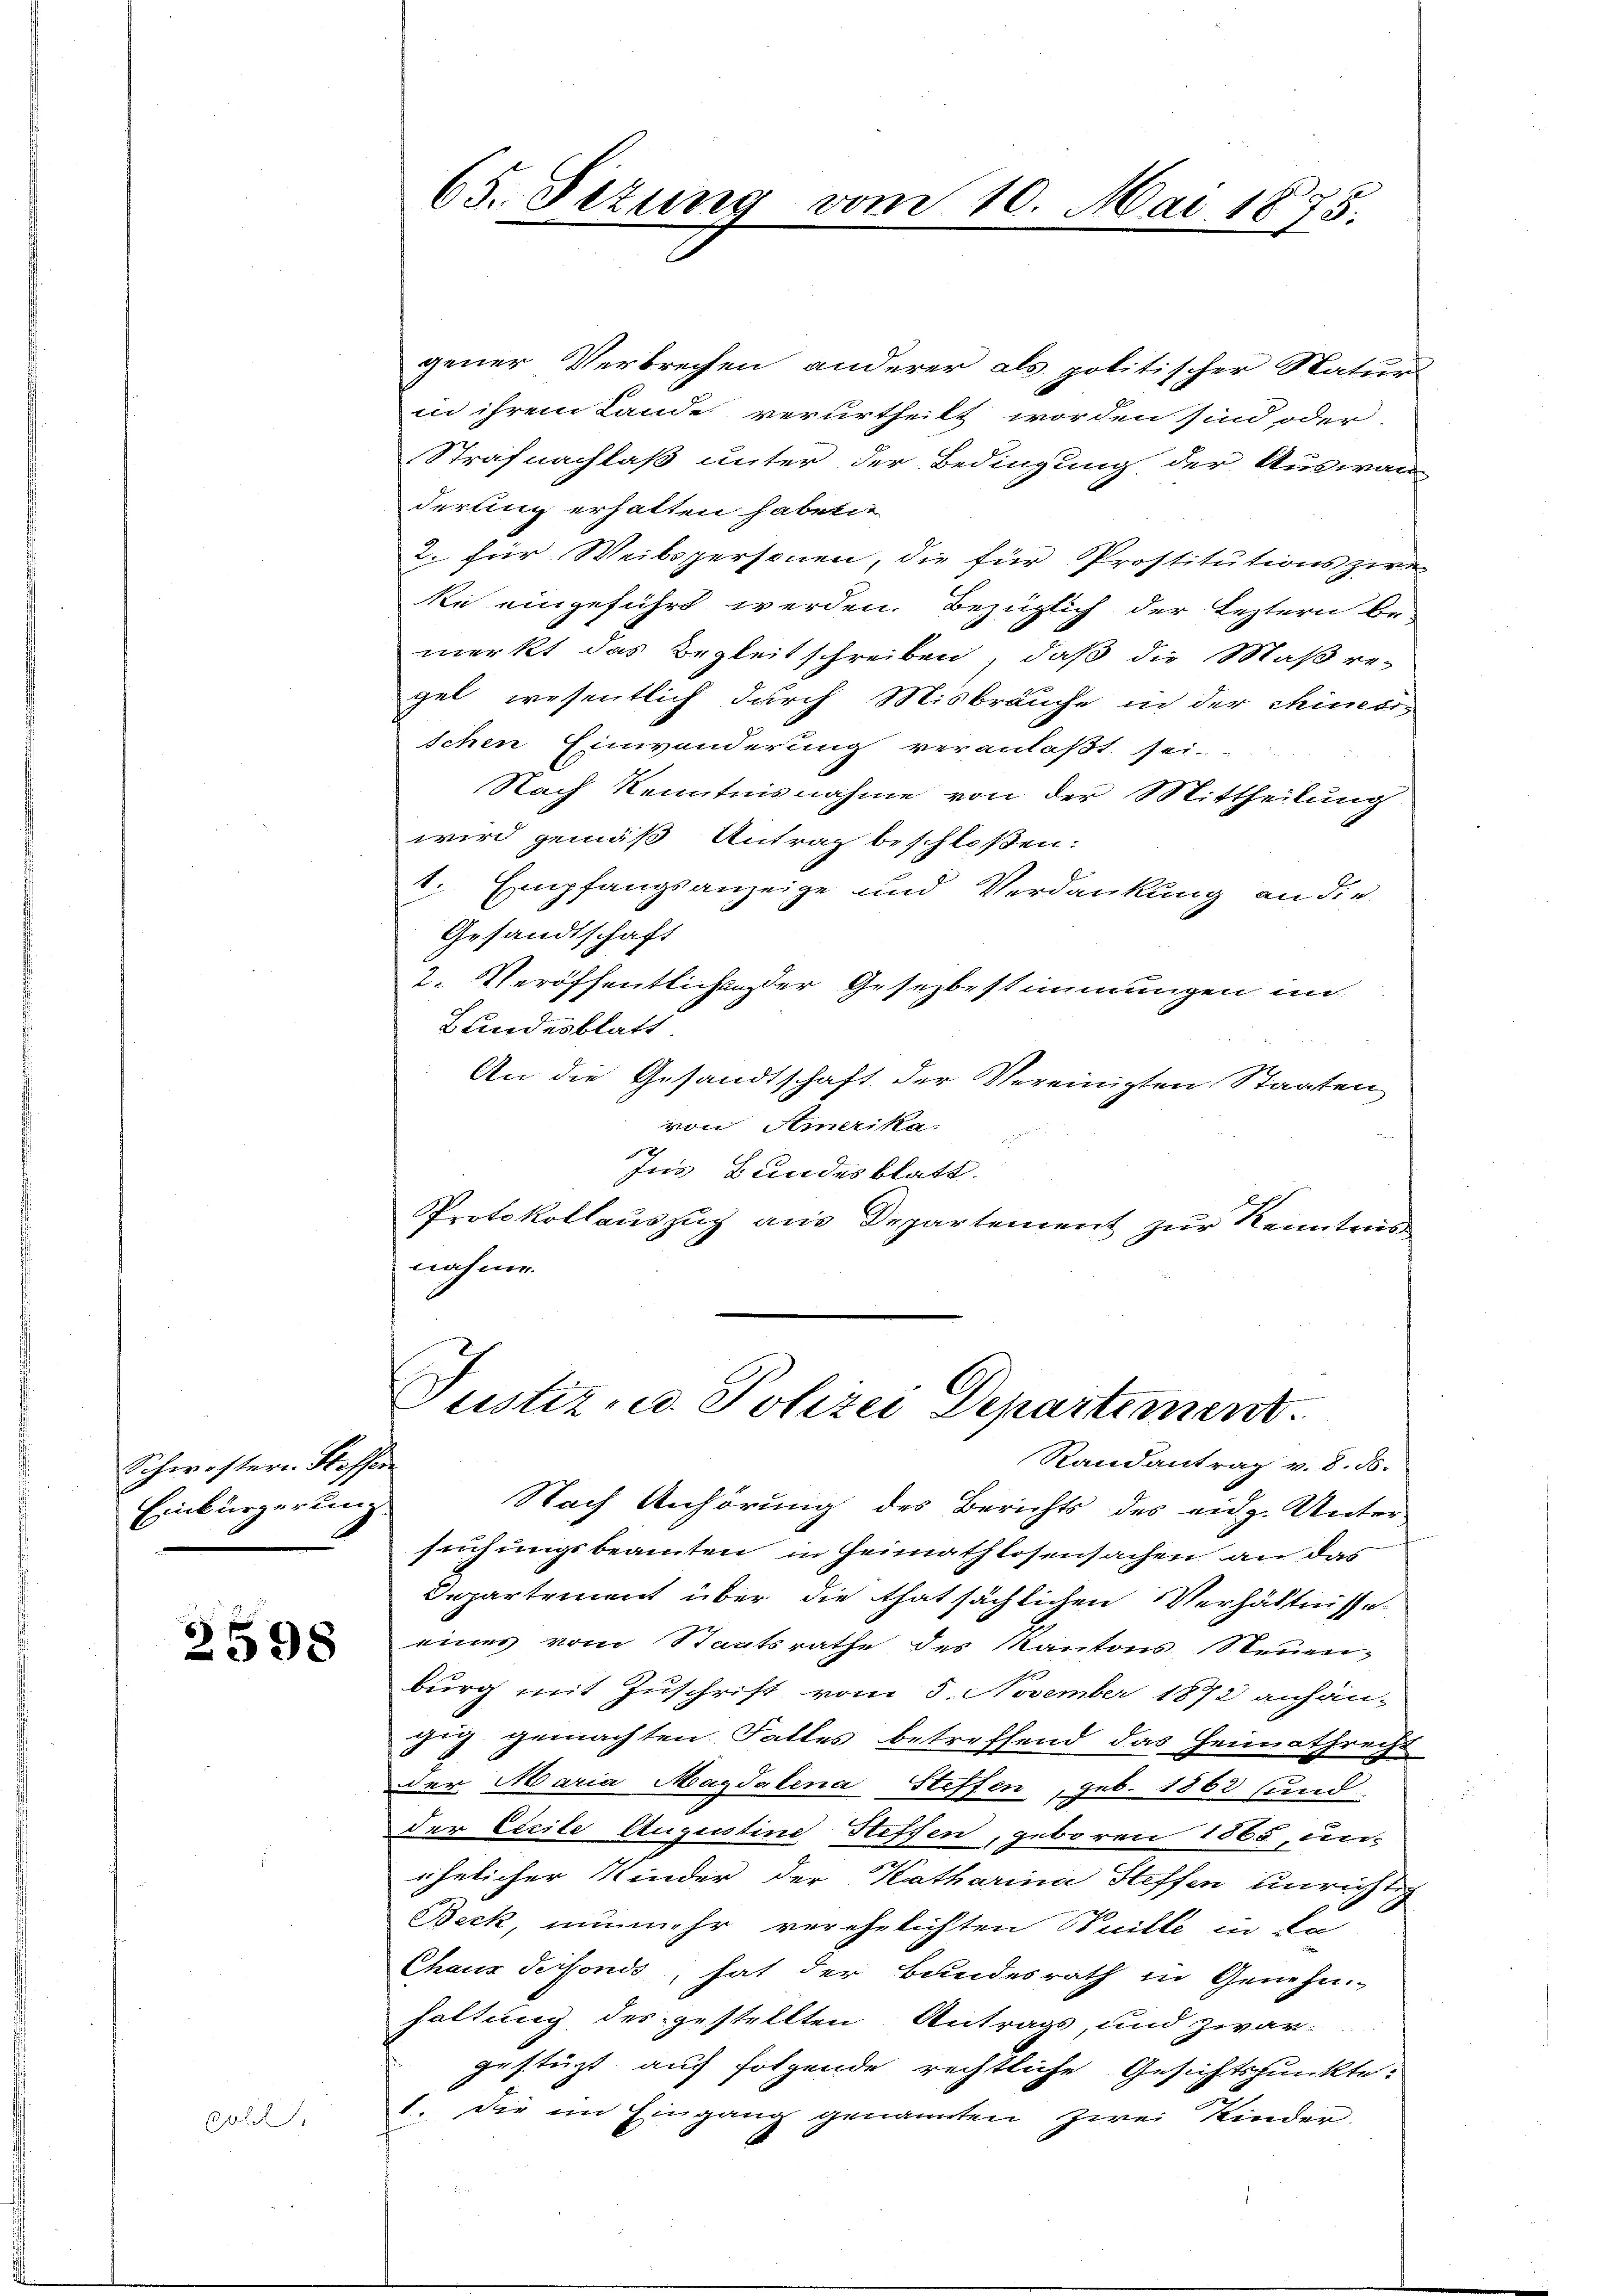
Schwistern Stoffen
Einbürgerung

2598

,

65. Sezung vom 10. Mai 1875.

gener Verbrechen anderer als politischer Natur-
in ihrem Lande verurtheilt worden sind oder
Strafnachlaß unter der Bedingung der Auswan
derung erhatten haben.
2. für Weibspersonen, die für Prostitutionszire
ke eingeführt werden. Bezüglich der Leztern be-
merkt das Begleitschreiben, daß die Maßregel wesentlich durch Misbräuche in der chimorschen Einwanderung veranlaßt sei.
Nach Kenntnisnahme von der Mittheilung
wird gemäß Antrag beschloßen:
1. Empfangsanzeige und Verdankung an die
Gesandtschaft
2. Veröffentlichte der Gesezbestimmungen im
Bundesblatt.
An die Gesandtschaft der Vereinigten Staaten
von Amerika
Ins Bundesblatt.
Protokollauszug aus Departement zur Kenntnis
nähme.

Justiz- u. Polizei Departement.
Randantrag v. 8. ds.
Nach Anhörung des Berichts des eidg. Unter¬

suchungsbeamten in Heimathlosensachen an das
Departement über die thatsächlichen Verhältnisse
eines vom Staatsrathe des Kantons Neuen,
burg mit Zuschrift vom 5. November 1872 anhän-
gig gemachten Falles betreffend das Heimathrecht
Der Maria Magdalena Steffen, geb. 1863 und
der Cicile Augustine Steffen, geboren 1865, un-
ähelicher Kinder der Katharina Steffen unrichtig
Beck, nunmehr verehelichten Guille in kö
Chaus defonds, hat der Bundesrath in Genehm-
haltung des gestellten Antrags, und zwar
gestüzt auf folgende rechtliche Gesichtspunkte:
1. Die im Eingang genannten Zwei Kinder.